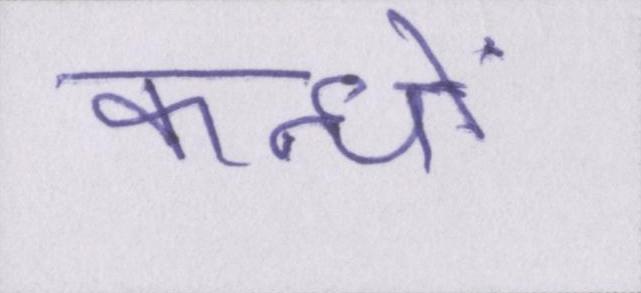
कन्धों